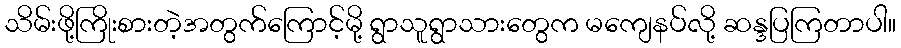
သိမ်းဖို့ကြိုးစားတဲ့အတွက်ကြောင့်မို့ ရွာသူရွာသားတွေက မကျေနပ်လို့ ဆန္ဒပြကြတာပါ။